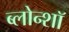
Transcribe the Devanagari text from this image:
ब्लोन्शॉ